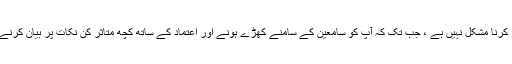
محرک تقریر کرنا مشکل نہیں ہے ، جب تک کہ آپ کو سامعین کے سامنے کھڑے ہونے اور اعتماد کے ساتھ کچھ متاثر کن نکات پر بیان کرنے کا اعتماد ہو۔